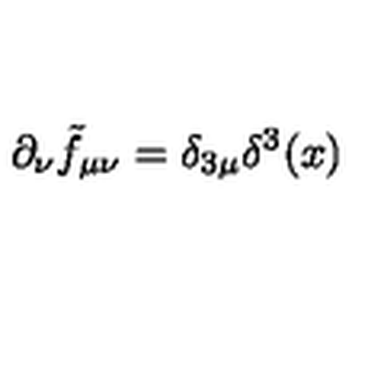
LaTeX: \partial _ { \nu } \tilde { f } _ { \mu \nu } = \delta _ { 3 \mu } \delta ^ { 3 } ( x )